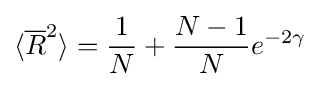
\langle {\overline {R}}^{2}\rangle ={\frac {1}{N}}+{\frac {N-1}{N}}e^{-2\gamma }